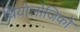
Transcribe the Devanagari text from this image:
थियोलोजिको